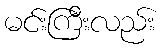
မင်းကြီးလည်း